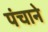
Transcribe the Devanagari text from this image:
पंचाने